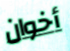
أخوان